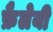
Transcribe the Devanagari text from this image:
फ्रैलेयी